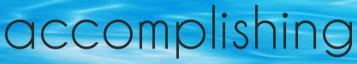
accomplishing